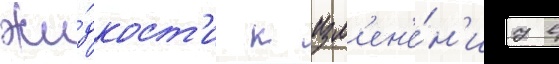
жи́дкост'и к изм'ен'е́н'иу в